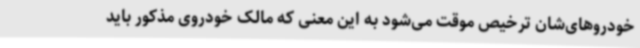
خودروهای‌شان ترخیص موقت می‌شود به این معنی که مالک خودروی مذکور باید